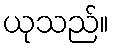
ယုသည်။